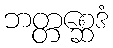
ဘတ္တစ္ဆေဒံ